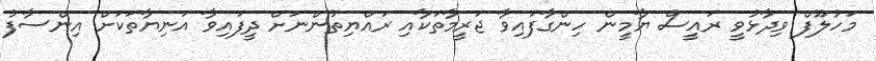
މަހުލޫފް ވިދާޅުވީ ރައީސް ޔާމީން ހިންގާފައިވާ ޖަރީމާތަކާއި ރައްޔިތުންނަށް ދީފައިވާ އަނިޔާތަކަށް އިންސާފު